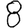
Digit: 8